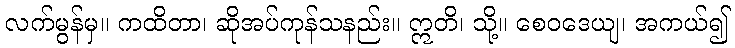
လက်မွန်မှ။ ကထိတာ၊ ဆိုအပ်ကုန်သနည်း။ ဣတိ၊ သို့။ စေဝဒေယျ၊ အကယ်၍